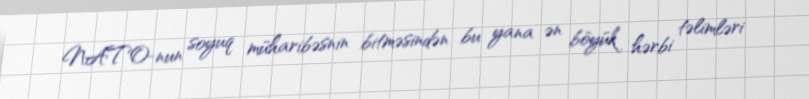
NATO-nun soyuq müharibəsnin bitməsindən bu yana ən böyük hərbi təlimləri